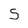
Character: 5